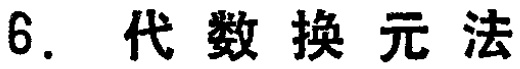
6. 代数换元法